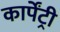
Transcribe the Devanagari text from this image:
कार्पेंट्री